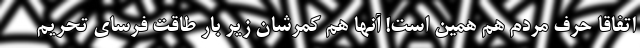
اتفاقا حرف مردم هم همین است! آنها هم کمرشان زیر بار طاقت فرسای تحریم